FBI Photo B23
Agency: FBI
Incident date: Late 2025
Incident location: Western United States
Page 1
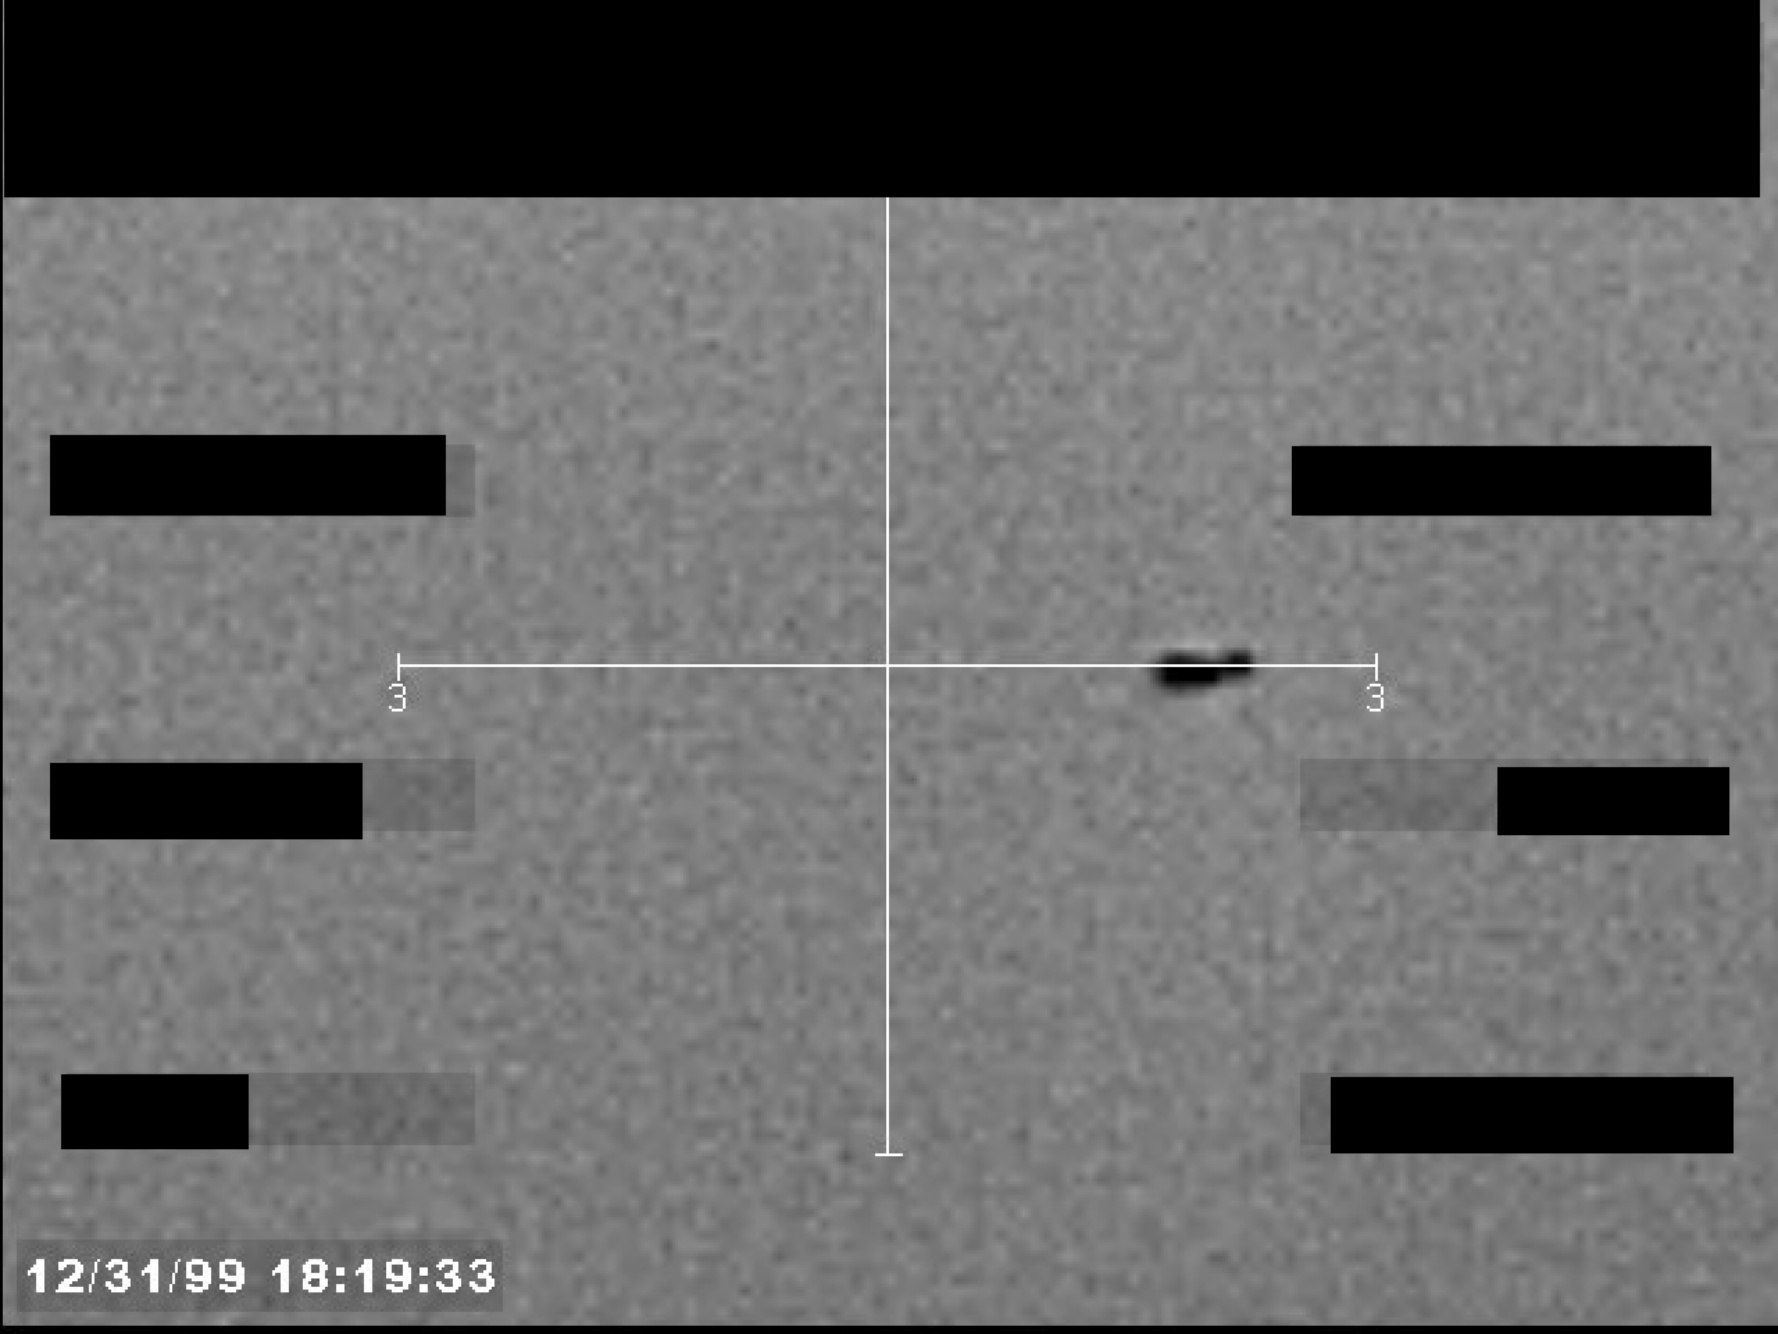